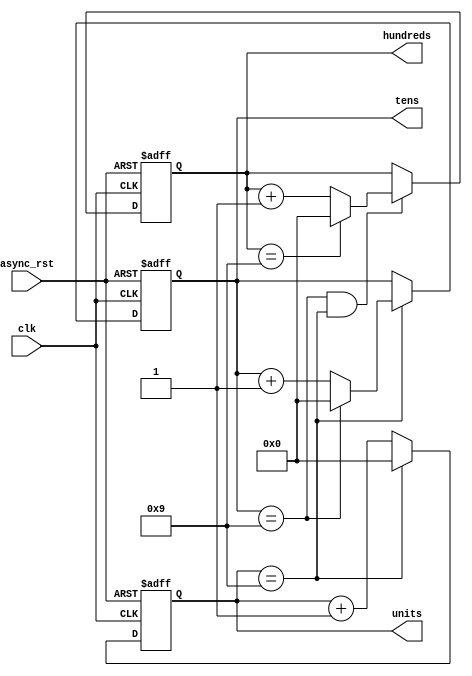
module counter3 (clk,async_rst,units,tens,hundreds);
	input clk,async_rst;
	output reg [3:0] units,tens,hundreds;
	
	wire [3:0] incr_tens,incr_hundr, d1,d2,d3;
	
	always @(posedge clk, posedge async_rst) begin
		if(async_rst)	units<=0;
		else			units<=d1;
	end
	
	always @(posedge clk, posedge async_rst) begin
		if(async_rst)	tens<=0;
		else			tens<=d2;
	end
	
	always @(posedge clk, posedge async_rst) begin
		if(async_rst)	hundreds<=0;
		else			hundreds<=d3;
	end
	
	assign d1=(units==9)?0:units+1;
	
	assign d2= (units==9)?incr_tens:tens;
	
	assign incr_tens =(tens==9)?0:tens+1;
	
	assign d3 = (tens ==9 && units ==9)? incr_hundr : hundreds;
	
	assign incr_hundr = (hundreds ==9)?0: hundreds+1;
	
endmodule